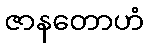
ဇာနတောဟံ